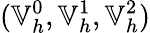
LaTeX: (\mathbb{V}_{h}^{0},\mathbb{V}_{h}^{1},\mathbb{V}_{h}^{2})